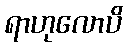
ရာဟုလောပိ